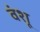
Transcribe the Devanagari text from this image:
वंशू